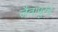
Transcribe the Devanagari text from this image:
जैतापूरचे